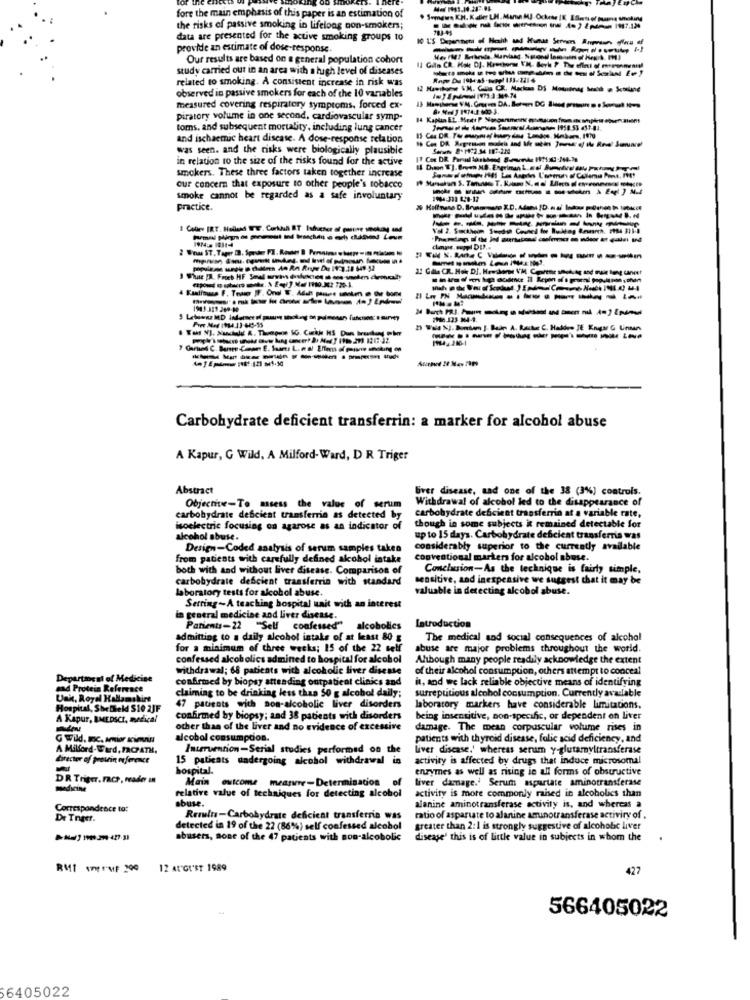
fore the main emphasis of this paper is an estimation of
Somewe KH. Kaller LH. Manın MUJ-Ockete IK, ESmetier puansą shaking
the risks of passive smoking in lifelong non-smokers;
data are presented for the active smoking groups to
10 U'S Degennem of Health and Human Sereen Anprsun Hlavu of
provide an estimate of dose-response.
--------
Our results are based on a general population cohort
study carried out in an area with a high level of diseases
related to smoking. A consistent increase in risk was
observed in passive smokers for each of the 10 variables
12 Hawihorse VM, Galis CR .. Markas DS Mesuenag bosch - Scorline
measured covering respiratory symptoms, forced ex-
piratory volume in one second, cardiovascular symp-
toms. and subsequent mortality, including lung cancer
and ischaemic heart disease. A dose-response relation
was seen. and the risks were biologically plausible
in relation to the size of the risks found for the active
smokers. These three factors taken together increase
cur concern that exposure to other people's tobacco
smoke cannot be regarded as a safe involuntary
practice.
---------------
2.2 Gala CR. Hok DJ. Hewshome VM Cortar smukvag and maie leng canest
I ------------
2) Wala NJ. Bontem J. Ban A. Raske C. Hadde JE Enga G Unun
--------------
Carbohydrate deficient transferrin: a marker for alcohol abuse
A Kapur, G Wild, A Milford- Ward, D R Triger
Abstract
liver disease, sad one of the 38 (3%) controls.
Withdrawal of alcohol led to the disappearance of
Objective-To assess the value of serum
carbohydrate deficient transferrio at a variable rate,
carbohydrate deficient transferrin as detected by
isoelectric focusing on agarose as an indicator of
though in some subjects it remained detectable for
cohol abuse.
up to 15 days. Carbohydrate deficient transferris was
Design-Coded analysis of serum samples taken
considerably superior to the currently available
from patients with carefully defined alcohol intake
conventional markers for alcohol abuse.
both with and without liver disease. Comparison of
Conclusion-As the technique is fairly simple,
carbohydrate deficient transferria with standard
sensitive, and inexpensive we suggest that it may be
laboratory tests for alcohol abuse.
valuable in detecting alcohol abuse.
Serring-A teaching hospital unit with an interest
a general medicine and liver disease.
Patients-22 "Self confessed"
alcoholics
Introduction
admitting to a daily alcohol intake of at least 80 g
The medical and social consequences of alcohol
for a minimum of three weeks; 15 of the 22 self
abuse are major problems throughout the world.
confessed alcoholics admined to hospital for alcohol
Although many people readily acknowledge the extent
withdrawal; 68 patients with alcoholic liver disease
of their alcohol consumption, others attempt to conceal
Department of Medicine
confirmed by biopsy attending outpatient clinics and
it, and we lack reliable objective means of identifying
and Protein Reference
claiming to be drinking less than 50 g alcobol daily;
surreptitious alcohol consumption. Currently available
Uni, Royal Hallamskirt
Hospital, Shefield $10 2JF
47 patients with non-alcoholic liver disorders
laboratory markers have considerable limitations.
A Kapur, BMEDSCI, medical
confirmed by biopsy; and 38 patients with disorders
being insensitive, non-specific, or dependent on Liver
other than of the liver and no evidence of excessive
damage. The mean corpuscular volume rises in
G wild. Bc. amior Kinviss
alcohol consumption.
patients with thyroid disease, folic acid deficiency, and
A Milford-Ward, FRCPATH.
Intervention-Serial studies performed on the
liver disease.' whereas serum y-glutamyltransferase
director of protein orference
15 patients undergoing alcohol withdrawal in
activity is affected by drugs that induce microsomal
hospital.
enzymes as well as rising ie all forms of obstructive
DR Triger. race, reader in
Main outcome measure-Determination
liver damage.' Serum apartate aminotransferase
activity is more commonly raised in alcoholics than
abuse.
relative value of techniques for detecting alcohol
Correspondence tot
alanine aminotransferase activity is, and whereas a
De Tneer.
Results-Carbohydrate deficient transferris was
ratio of aspartate to alanine amunotransferase activity of.
detected in 19 of the 22 (86%) self confessed alcohol
greater than 2:1 is strongly suggestive of alcoholic liver
abusers, sone of the 47 patients with non-alcobolic
disease' this is of little value in subjects in whom the
12 ALGI'ST 1989
427
566405022
6405022